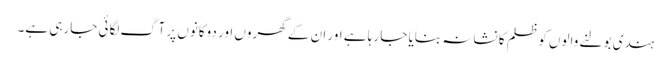
ہندی بولنے والوں کو ظلم کا نشانہ بنایا جا رہا ہے اور ان کے گھروں اور دوکانوں پر آگ لگائی جارہی ہے۔